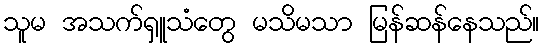
သူမ အသက်ရှူသံတွေ မသိမသာ မြန်ဆန်နေသည်။